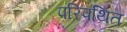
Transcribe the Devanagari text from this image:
परिपथित